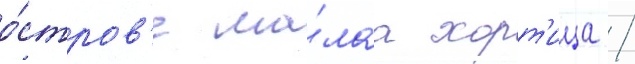
о́стров'е ма́лаа хорт'ица /